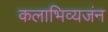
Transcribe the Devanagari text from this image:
कलाभिव्यजंन